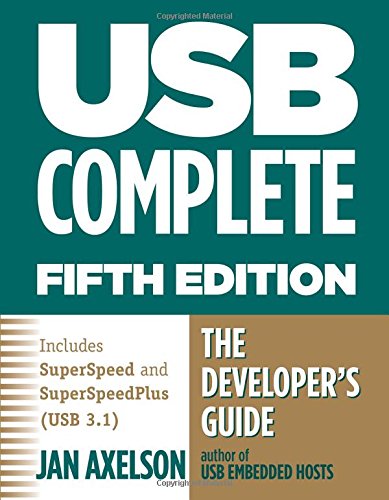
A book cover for USB Complete: The Developer's Guide (Complete Guides series); Jan Axelson; Computers & Technology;